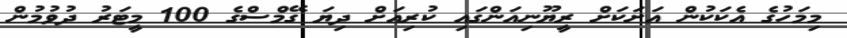
މިމަހުގެ އެކަކުން އަށަކަށް ރީޔޫނިއަންގައި ކުރިއަށް ދިޔަ ގޭމްސްގެ 100 މީޓަރު ދުވުމުން